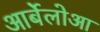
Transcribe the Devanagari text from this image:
आर्बेलोआ